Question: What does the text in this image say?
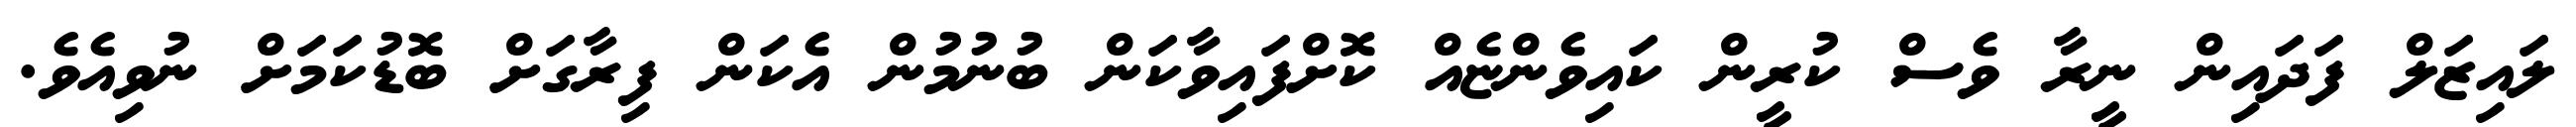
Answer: ލައިޒަލް ފަދައިން ނީރާ ވެސް ކުރީން ކައިވެންޏެއް ކޮށްފައިވާކަން ބުނުމުން އެކަން ފިރާގަށް ބޮޑުކަމަށް ނުވިއެވެ.